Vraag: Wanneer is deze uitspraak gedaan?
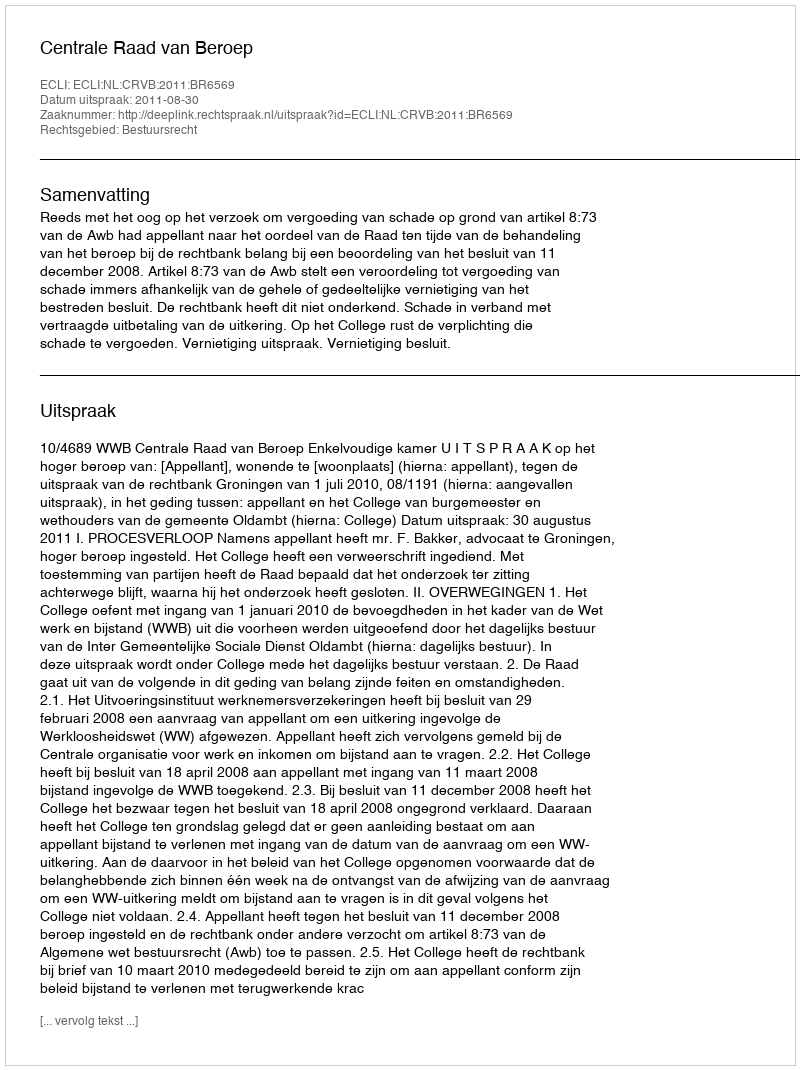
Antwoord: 2011-08-30